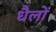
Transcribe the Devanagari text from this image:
धैलों